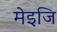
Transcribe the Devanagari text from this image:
मेइजि